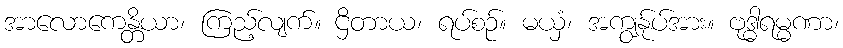
အာလောကေန္တိယာ၊ ကြည့်လျက်။ ဌိတာယ၊ ရပ်စဉ်။ မယှံ၊ အကျွန်ုပ်အား။ ဗုဒ္ဓါရမ္မဏာ၊